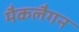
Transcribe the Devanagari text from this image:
मैकलैगन